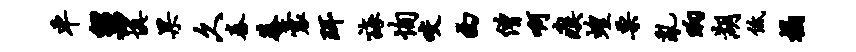
车舅填果久舂恭囊珥诲恂咬西僧啊瘼蝗栗乱晌湖低榻